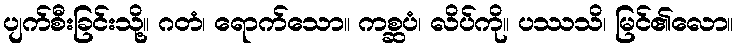
ပျက်စီးခြင်းသို့။ ဂတံ၊ ရောက်သော။ ကစ္ဆပံ၊ လိပ်ကို။ ပဿသိ၊ မြင်၏လော။